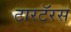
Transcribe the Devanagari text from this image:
टारटॅरस